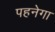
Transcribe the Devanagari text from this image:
पहनेगा